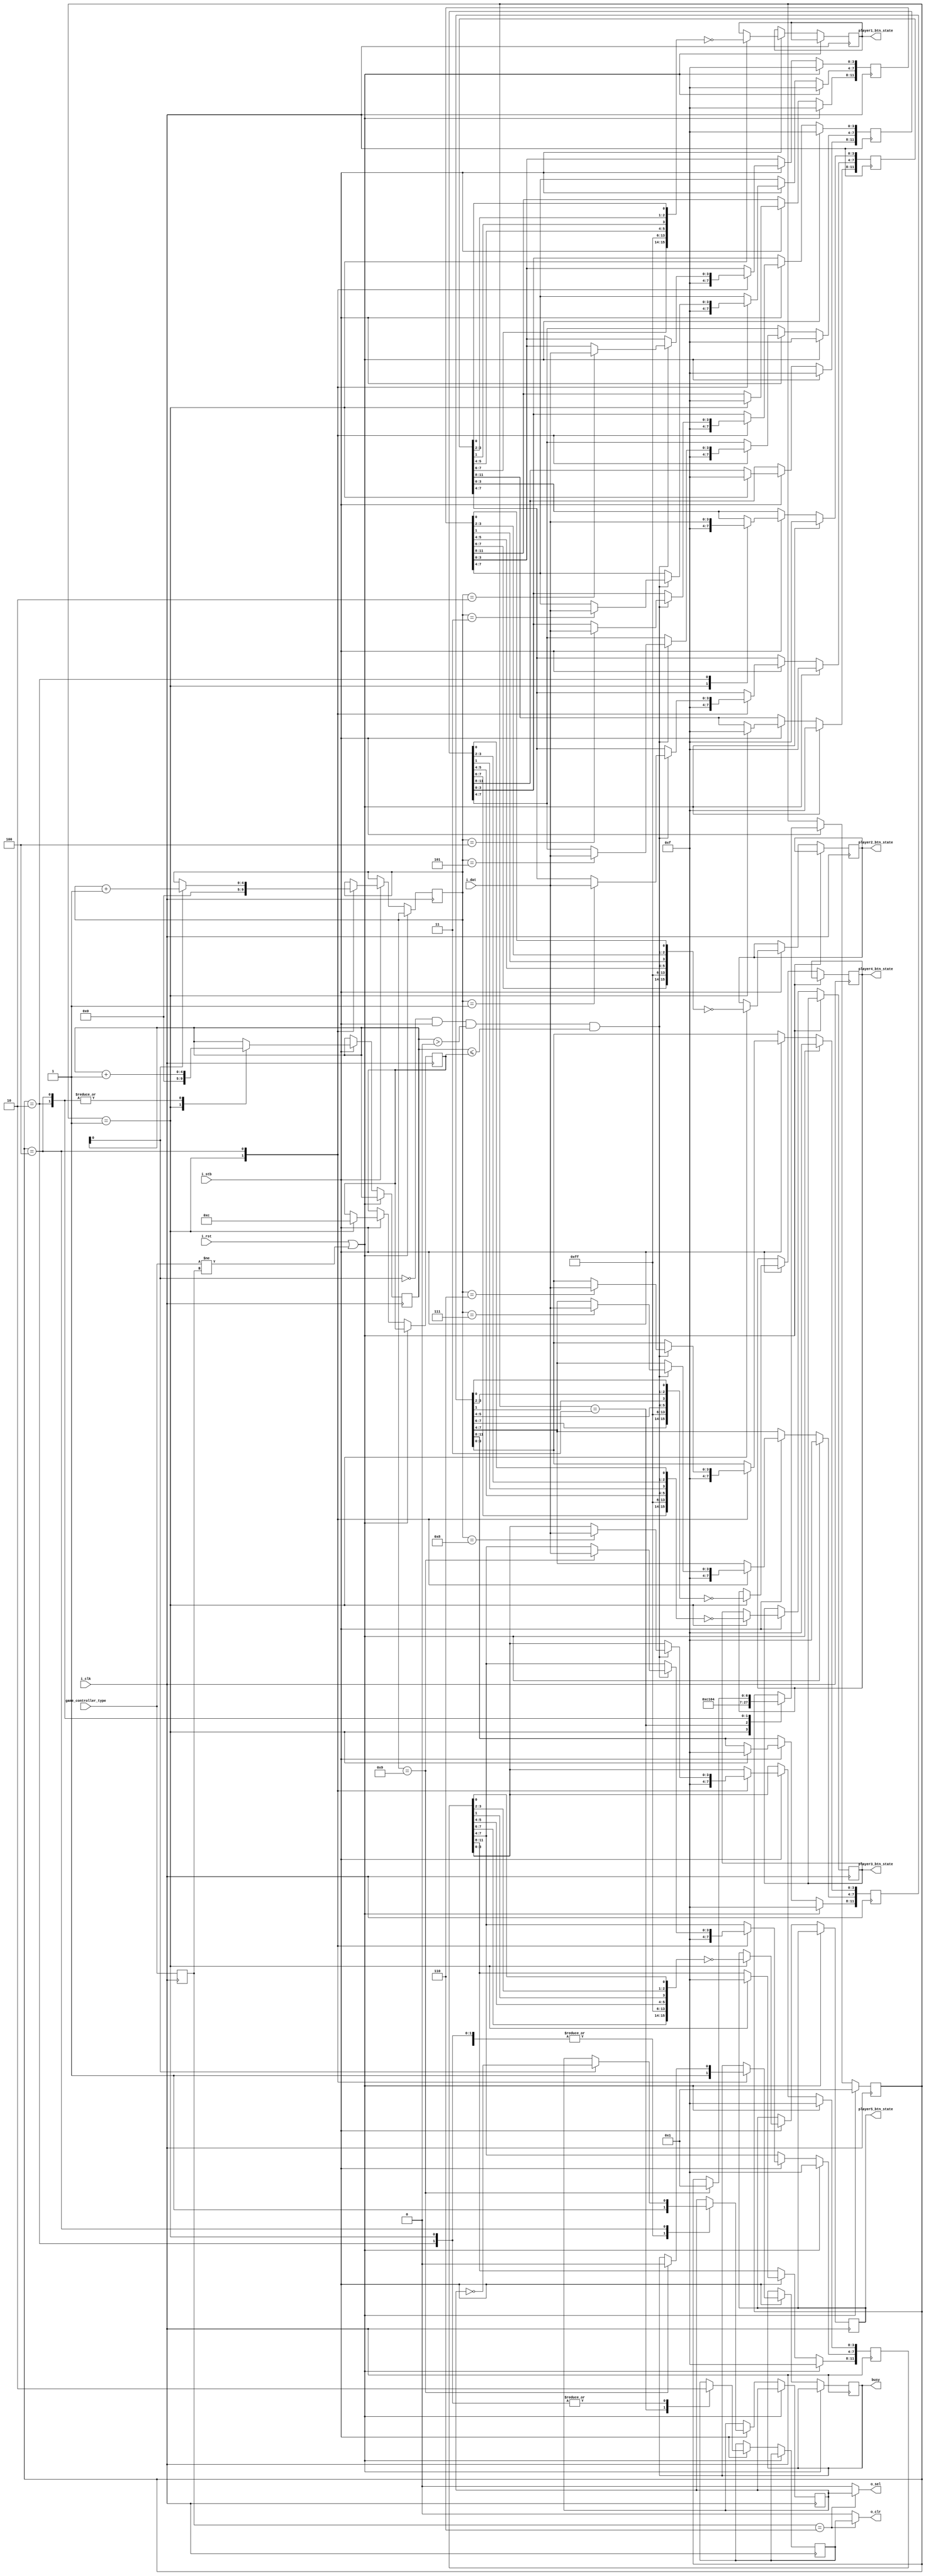
//pcengine_game_controller_multitap.v
//***********************************************************************
//* Analogizer PCEngine SNAC openFPGA interface for the Analogue Pocket *
//***********************************************************************
// By @RndMnkIII. 
// Release: 1.0

// Aqu he documentado el funcionamiento de los diferentes mandos de juegos a los que he ido dando soporte, basado en las capturas de datos
// realizadas con analizador lgico + generador de patrones:
//
// ************
// * PCEngine * Tested up 100KHz clr to clr (500KHz step)
// ************
//        <--------- 2BTN -------->
//        <----------------- 6BTN ---------------->
// STB    | 0 | 1 | 2 | 3 | 4 | 5 | 6 | 7 | 8 | 9 |
//        .........
// CLR    :       :_______________________________
//         _______________         _______    
// SEL    /               \_______/       \_______
//        ________ _______ _______ _______ _______
// DATA      1    \ LDRU  X  RS21 X   0   X 6543  
//                    ^       ^       ^       ^
// SAMPLE             |       |       |       |
//                    1       2       3       4

// NEED TO CHECK THIS -+
//                     |
//                     V
//
//        <--------- 2BTN ------->
//        <----------------- 6BTN ------------------------>
// STB    | 0 | 1 | 2 | 3 | 4 | 5 | 6 | 7 | 8 | 9 |10 |11 |
//        | SCAN1                 | SCAN2                 |
//        .....                   .....                        
// CLR    :   :___________________:   :___________________
//         ___________             ___________    
// SEL    /           \___________/           \___________
//             _________ _________     _________ _________
// DATA   ____/ LDRU    X  RS21   \___/   0     X 6543  
//        ^       ^       ^       ^       ^       ^       
// SAMPLE         |       |               |       |
//                1       2               3       4
// TEST DATA 1        
// TEST DATA 2        
// POCKET INPUTS                                                                                                                                                                                                  
// 1  P1 up          DO
// 0  P1 down        D2
// 1  P1 left        D3
// 0  P1 right       D1
// 0  P1 y                                    D1    
// 1  P1 x                                    D0
// 0  P1 b                    D1
// 1  P1 a                    D0
// 1  P1 l1                                   D2
// 0  P1 r1                                   D3
// 0  P1 l2           --------------------------
// 0  P1 r2           --------------------------
// 0  P1 l3           --------------------------
// 0  P1 r3           --------------------------
// 0  P1 select               D2                
// 1  P1 start                D3                
//                                                                                                                                                           X
//P1 1010 0101 1000 0001
//      A    5    8    1 
//gtkwave
//p1 1010 0101 1000 0001
//    A581
// MULTITAP (x5 Controllers):
//     CLR	SEL	Active Port	Port 1 CLR	Port 1 SEL	Port 2 CLR	Port 2 SEL	Port 3 CLR	Port 3 SEL	Port 4 CLR	Port 4 SEL	Port 5 CLR	Port 5 SEL
// 1    L	H	None        H	        H	        H	        H	        H	        H	        H	        H	        H	        H
// 2    H	H	None        H	        H	        H	        H	        H	        H	        H	        H	        H	        H
// 3    L	H	1	        L	        H	        H	        H	        H	        H	        H	        H	        H	        H
// 4    L	L	1	        L	        L	        H	        H	        H	        H	        H	        H	        H	        H
// 5    L	H	2	        H	        H	        L	        H	        H	        H	        H	        H	        H	        H
// 6    L	L	2	        H	        H	        L	        L	        H	        H	        H	        H	        H	        H
// 7    L	H	3	        H	        H	        H	        H	        L	        H	        H	        H	        H	        H
// 8    L	L	3	        H	        H	        H	        H	        L	        L	        H	        H	        H	        H
// 9    L	H	4	        H	        H	        H	        H	        H	        H	        L	        H	        H	        H
// 10   L	L	4	        H	        H	        H	        H	        H	        H	        L	        L	        H	        H
// 11   L	H	5	        H	        H	        H	        H	        H	        H	        H	        H	        L	        H
// 12   L	L	5	        H	        H	        H	        H	        H	        H	        H	        H	        L	        L
`default_nettype none

module pcengine_game_controller_multitap #(parameter MASTER_CLK_FREQ=50_000_000)
(
    input wire i_clk,
	input wire i_rst,
    input wire [3:0] game_controller_type, //0x4 2btn, 0x5 6btn, 0x6 multitap
	input wire i_stb,
    output reg [15:0] player1_btn_state,
    output reg [15:0] player2_btn_state,
    output reg [15:0] player3_btn_state,
    output reg [15:0] player4_btn_state,
    output reg [15:0] player5_btn_state,
    output reg busy,

    //SNAC Game controller interface
    output wire o_clr,
    output wire o_sel,
    input wire [3:0] i_dat //data from controller
);
    //FSM states
    parameter IDLE    = 3'b001;
    parameter CLR     = 3'b010;
    parameter PRE_CLR = 3'b011;
    parameter DATA    = 3'b100;

    //store module settings
    reg [3:0] game_controller_type_r;

    reg [6:0] state /* synthesis preserve */;

    reg [4:0] counter;
    reg [4:0] scan_number;
    reg [4:0] counter_top_value;
    reg clr_internal;
    reg sel_internal;
    reg [11:0] pb1_r, pb2_r, pb3_r, pb4_r, pb5_r;

    wire sample_data;

    //always sample data at falling edge of o_clk starting and second clock pulse in latch phase.
    assign sample_data = ~counter[0] && i_stb && (counter > 0) && (counter <= counter_top_value);

    always @(posedge i_clk) begin
        game_controller_type_r <= game_controller_type;

        //detect any change on gamepad configuration and restart FSM at IDLE state.
        if(i_rst || (game_controller_type != game_controller_type_r)) begin
            state <= IDLE;
            pb1_r <= 12'hfff;
            pb2_r <= 12'hfff;
            pb3_r <= 12'hfff;
            pb4_r <= 12'hfff;
            pb5_r <= 12'hfff;
        end
        else begin
            if(i_stb) begin
                case(state)
                IDLE:
                    begin
                        //fetch data from last read

                        //button order from first to last
                        //0   1     2    3    4   5   6      7   8   9  10  11 
                        //UP  RIGHT DOWN LEFT I   II  SELECT RUN III IV  V  VI
                        //follow Pocket game controls order:                                    D           C           B           A           E           F
                        //                        up        down       left      right       btn_y       btn_x       btn_b       btn_a      btn_l1      btn_r1 btn_l2 btn_r2 btn_l3 btn_r3  select   start
                        //player_btn_state <= ~{pb_r[0],   pb_r[2],   pb_r[3],   pb_r[1],    pb_r[9],    pb_r[8],    pb_r[5],    pb_r[4],   pb_r[10],   pb_r[11],  1'b1,  1'b1,  1'b1,  1'b1,pb_r[6],pb_r[7]};

                        //                     START     SELECT   R3 L3 R2 L2 R1 L1 Y X        B         A        RIGH      LEFT      DOWN      UP 
                        player1_btn_state <= ~{pb1_r[7], pb1_r[6], 8'b11111111,                pb1_r[5], pb1_r[4],pb1_r[1], pb1_r[3], pb1_r[2], pb1_r[0]};
                        player2_btn_state <= ~{pb2_r[7], pb2_r[6], 8'b11111111,                pb2_r[5], pb2_r[4],pb2_r[1], pb2_r[3], pb2_r[2], pb2_r[0]};
                        player3_btn_state <= ~{pb3_r[7], pb3_r[6], 8'b11111111,                pb3_r[5], pb3_r[4],pb3_r[1], pb3_r[3], pb3_r[2], pb3_r[0]};
                        player4_btn_state <= ~{pb4_r[7], pb4_r[6], 8'b11111111,                pb4_r[5], pb4_r[4],pb4_r[1], pb4_r[3], pb4_r[2], pb4_r[0]};
                        player5_btn_state <= ~{pb5_r[7], pb5_r[6], 8'b11111111,                pb5_r[5], pb5_r[4],pb5_r[1], pb5_r[3], pb5_r[2], pb5_r[0]};

                        counter <= 0;
                        scan_number <= 0;
                        counter_top_value <= 5'd12;

                        sel_internal <= 1'b1;
                        clr_internal <= 1'b0;
                        busy <= 1'b1;
                        pb1_r <= 12'hfff;
                        pb2_r <= 12'hfff;
                        pb3_r <= 12'hfff;
                        pb4_r <= 12'hfff;
                        pb5_r <= 12'hfff;
                        state <= PRE_CLR;
                    end
                PRE_CLR: begin
                        sel_internal <= 1'b1;
                        clr_internal <= 1'b1;
                        state <= CLR;
                end

                CLR:
                    begin
                        counter <= counter + 1;
                        sel_internal <= 1'b1;
                        clr_internal <= 1'b0;
                        pb1_r[3:0]  <= i_dat;
                        state <= DATA;
                    end
                DATA:
                    begin
                        counter <= counter + 1; //should be start clocking at 3
                        //following data samples are get in DATA phase.
                        if(counter[0]) begin
                            sel_internal <= ~sel_internal;
                            scan_number <= scan_number + 1;
                        end

                        if(sample_data) begin//read button state
                            case(scan_number)
                                //0:       pb1_r[3:0]  <= i_dat;
                                1:       pb1_r[7:4]  <= i_dat;
                                2:       pb2_r[3:0]  <= i_dat;
                                3:       pb2_r[7:4]  <= i_dat;
                                4:       pb3_r[3:0]  <= i_dat;
                                5:       pb3_r[7:4]  <= i_dat;
                                6:       pb4_r[3:0]  <= i_dat;
                                7:       pb4_r[7:4]  <= i_dat;                                
                                8:       pb5_r[3:0]  <= i_dat;
                                9:       pb5_r[7:4]  <= i_dat;                                
                                default: 
                                begin
                                        pb1_r       <= pb1_r;
                                        pb2_r       <= pb2_r;
                                        pb3_r       <= pb3_r;
                                        pb4_r       <= pb4_r;
                                        pb5_r       <= pb5_r;
                                end
                            endcase
                        end

                        //the gamepads buton state are fetched at the end of DATA phase 1101 0101
                        if(scan_number == 9) begin
                            state <= IDLE;
                            busy <= 1'b0;
                        end  
                    end        
                endcase       
            end    
        end
    end

    assign o_clr = (game_controller_type_r == 4'h6) ? clr_internal : 1'b0;
    assign o_sel = (game_controller_type_r == 4'h6) ? sel_internal : 1'b0;
endmodule